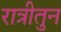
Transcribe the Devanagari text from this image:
रात्रीतुन